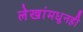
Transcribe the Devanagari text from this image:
लेखांमधूनही